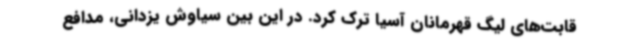
قابت‌های لیگ قهرمانان آسیا ترک کرد. در این بین سیاوش یزدانی، مدافع